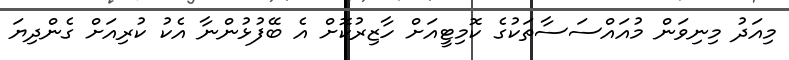
މިއަދު މިނިވަން މުއައްސަސާތަކުގެ ކޮމިޓީއަށް ހާޒިރުކޮށް އެ ބޭފުޅުންނާ އެކު ކުރިއަށް ގެންދިޔަ